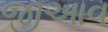
જીઆવ